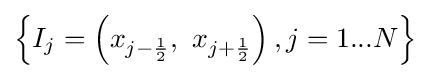
\left\{I_{j}=\left(x_{j-{\frac {1}{2}}},\ x_{j+{\frac {1}{2}}}\right),j=1...N\right\}